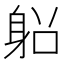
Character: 𨈴